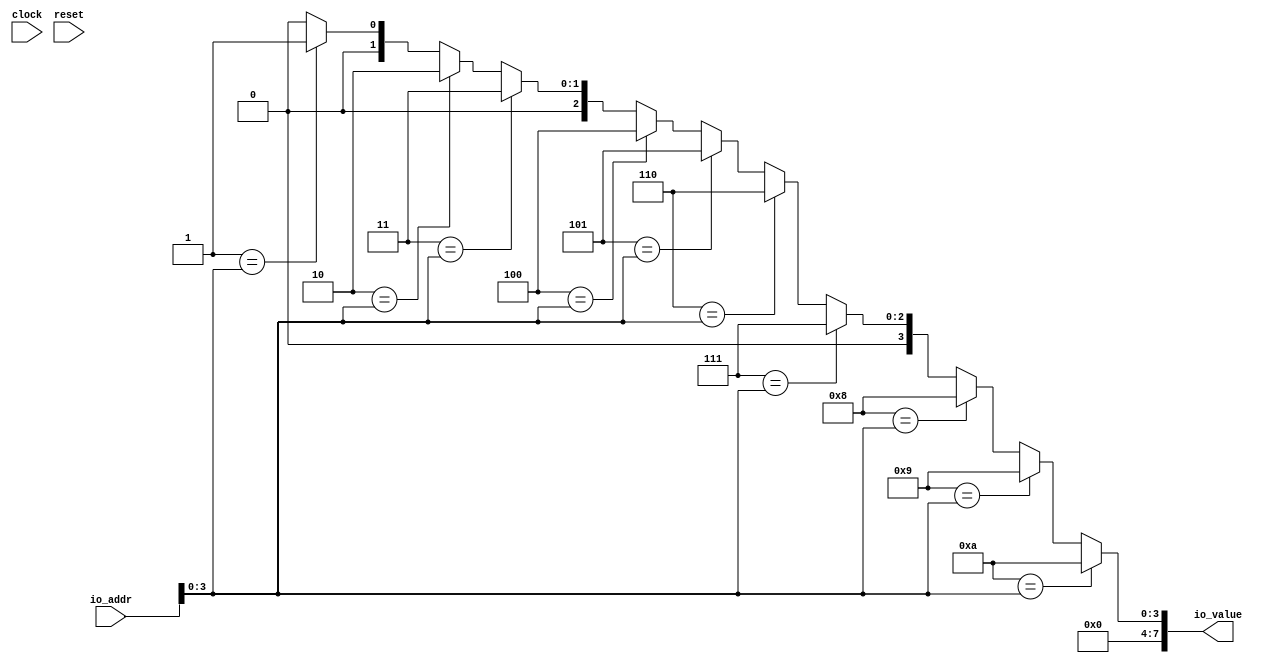
module VF( // @[:@3.2]
  input        clock, // @[:@4.4]
  input        reset, // @[:@5.4]
  input  [7:0] io_addr, // @[:@6.4]
  output [7:0] io_value // @[:@6.4]
);
  wire [7:0] _GEN_1 = 4'h1 == io_addr[3:0] ? 8'h1 : 8'h0; // @[VecFillSpec.scala 18:12:@38.4]
  wire [7:0] _GEN_2 = 4'h2 == io_addr[3:0] ? 8'h2 : _GEN_1; // @[VecFillSpec.scala 18:12:@38.4]
  wire [7:0] _GEN_3 = 4'h3 == io_addr[3:0] ? 8'h3 : _GEN_2; // @[VecFillSpec.scala 18:12:@38.4]
  wire [7:0] _GEN_4 = 4'h4 == io_addr[3:0] ? 8'h4 : _GEN_3; // @[VecFillSpec.scala 18:12:@38.4]
  wire [7:0] _GEN_5 = 4'h5 == io_addr[3:0] ? 8'h5 : _GEN_4; // @[VecFillSpec.scala 18:12:@38.4]
  wire [7:0] _GEN_6 = 4'h6 == io_addr[3:0] ? 8'h6 : _GEN_5; // @[VecFillSpec.scala 18:12:@38.4]
  wire [7:0] _GEN_7 = 4'h7 == io_addr[3:0] ? 8'h7 : _GEN_6; // @[VecFillSpec.scala 18:12:@38.4]
  wire [7:0] _GEN_8 = 4'h8 == io_addr[3:0] ? 8'h8 : _GEN_7; // @[VecFillSpec.scala 18:12:@38.4]
  wire [7:0] _GEN_9 = 4'h9 == io_addr[3:0] ? 8'h9 : _GEN_8; // @[VecFillSpec.scala 18:12:@38.4]
  assign io_value = 4'ha == io_addr[3:0] ? 8'ha : _GEN_9; // @[VecFillSpec.scala 18:12:@38.4]
endmodule